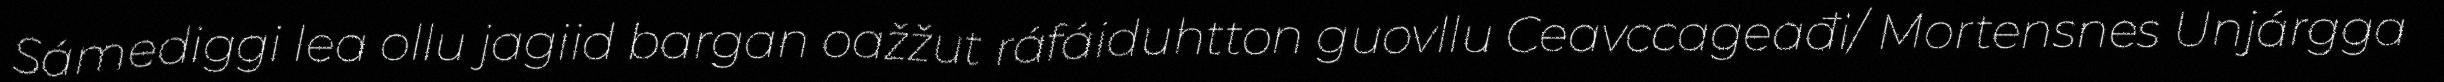
Sámediggi lea ollu jagiid bargan oažžut ráfáiduhtton guovllu Ceavccageađi/ Mortensnes Unjárgga